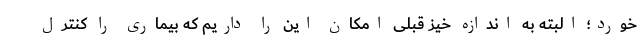
خورد؛ البته به اندازه خیز قبلی امکان این را داریم که بیماری را کنترل